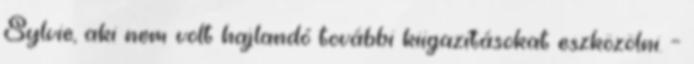
Sylvie, aki nem volt hajlandó további kiigazításokat eszközölni. –